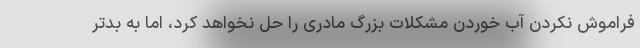
فراموش نکردن آب خوردن مشکلات بزرگ مادری را حل نخواهد کرد، اما به بدتر